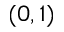
( 0 , 1 )